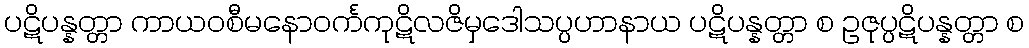
ပဋိပန္နတ္တာ ကာယဝစီမနောဝင်္ကကုဋိလဇိမှဒေါသပ္ပဟာနာယ ပဋိပန္နတ္တာ စ ဥဇုပ္ပဋိပန္နတ္တာ စ